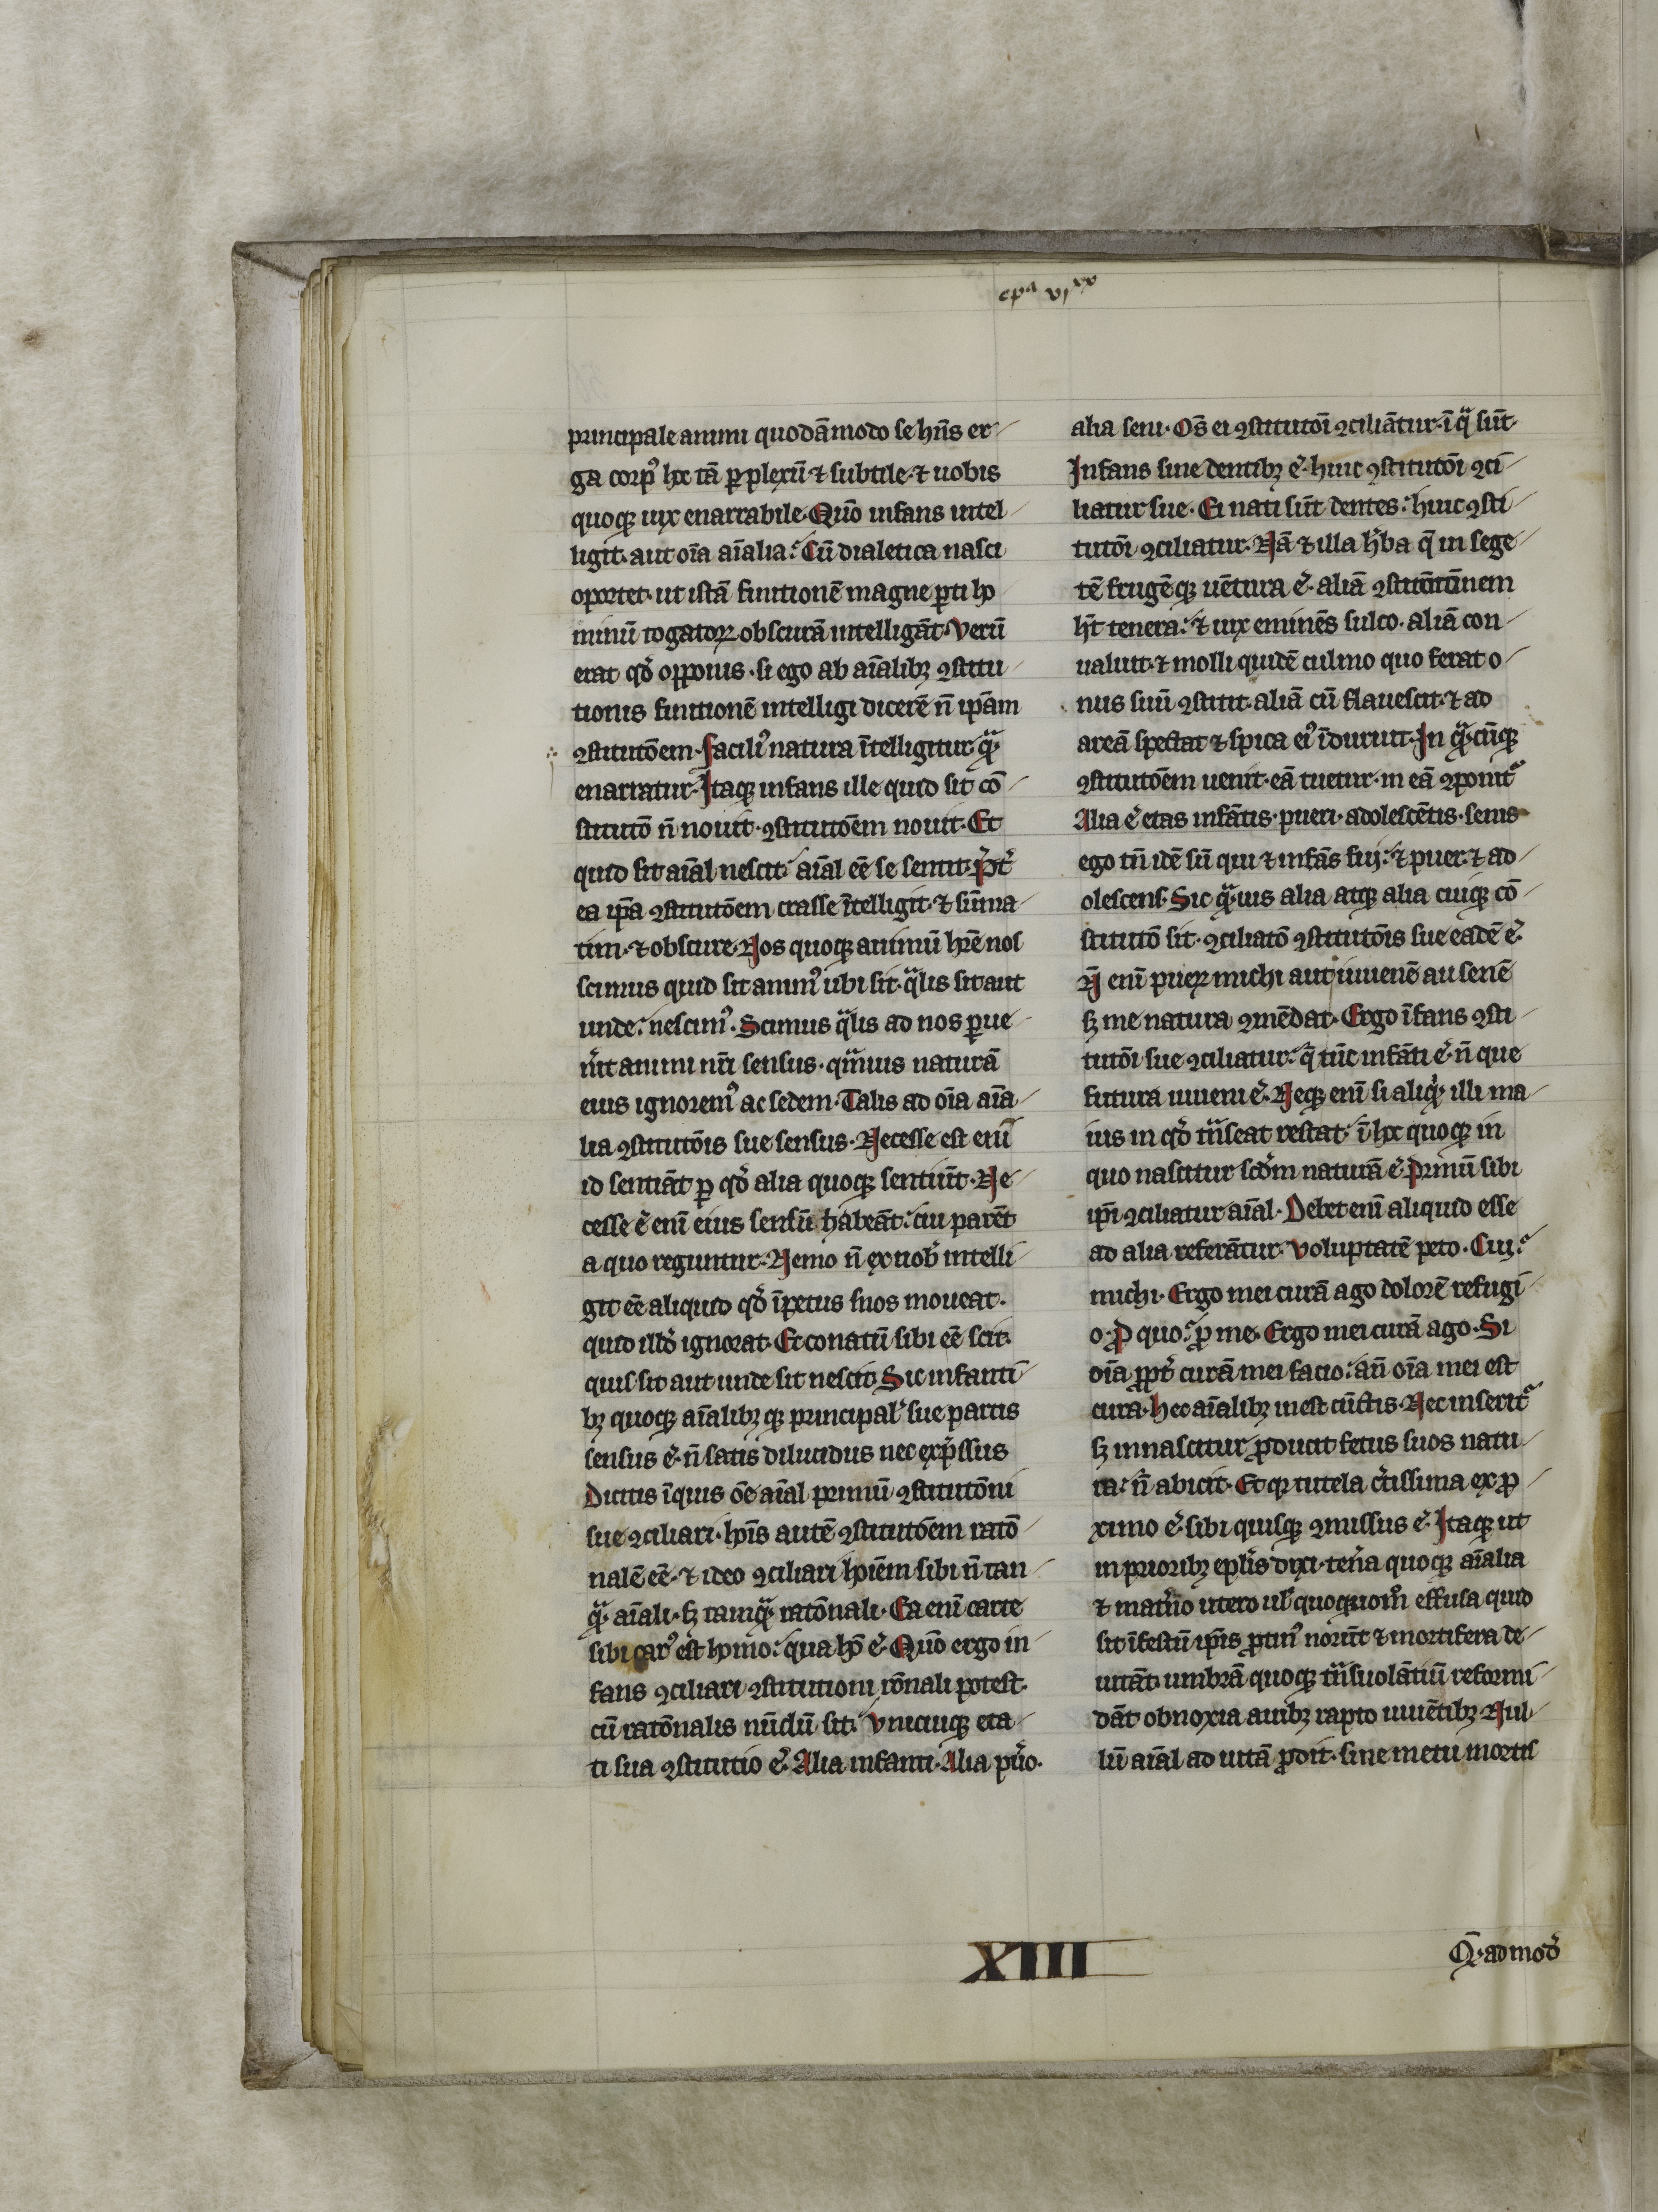
Shelfmark: Arras, Médiathèque de l'Abbaye Saint-Vaast - 315  (CGM 861)
Century: 14